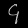
Digit: ၄